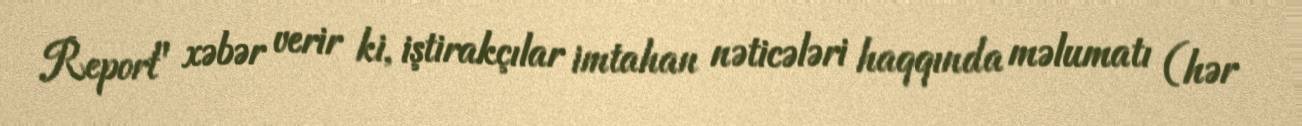
Report" xəbər verir ki, iştirakçılar imtahan nəticələri haqqında məlumatı (hər